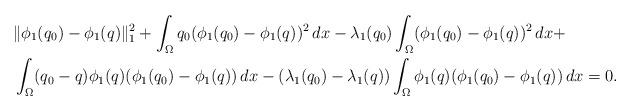
LaTeX: \begin{align*}&\|\phi_1(q_0)-\phi_1(q)\|_1^2+ \int_\Omega q_0(\phi_1(q_0)-\phi_1(q))^2\,dx-\lambda_1(q_0)\int_\Omega (\phi_1(q_0)-\phi_1(q))^2\,dx +\\&\int_\Omega(q_0-q)\phi_1(q)(\phi_1(q_0)-\phi_1(q))\,dx-(\lambda_1(q_0)-\lambda_1(q))\int_\Omega \phi_1(q)(\phi_1(q_0)-\phi_1(q))\,dx=0.\end{align*}